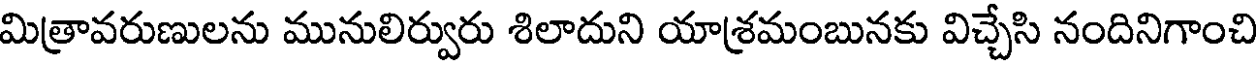
మిత్రావరుణులను మునులిర్వురు శిలాదుని యాశ్రమంబునకు విచ్చేసి నందినిగాంచి